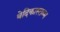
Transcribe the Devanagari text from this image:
बेदिकास्तम्भ